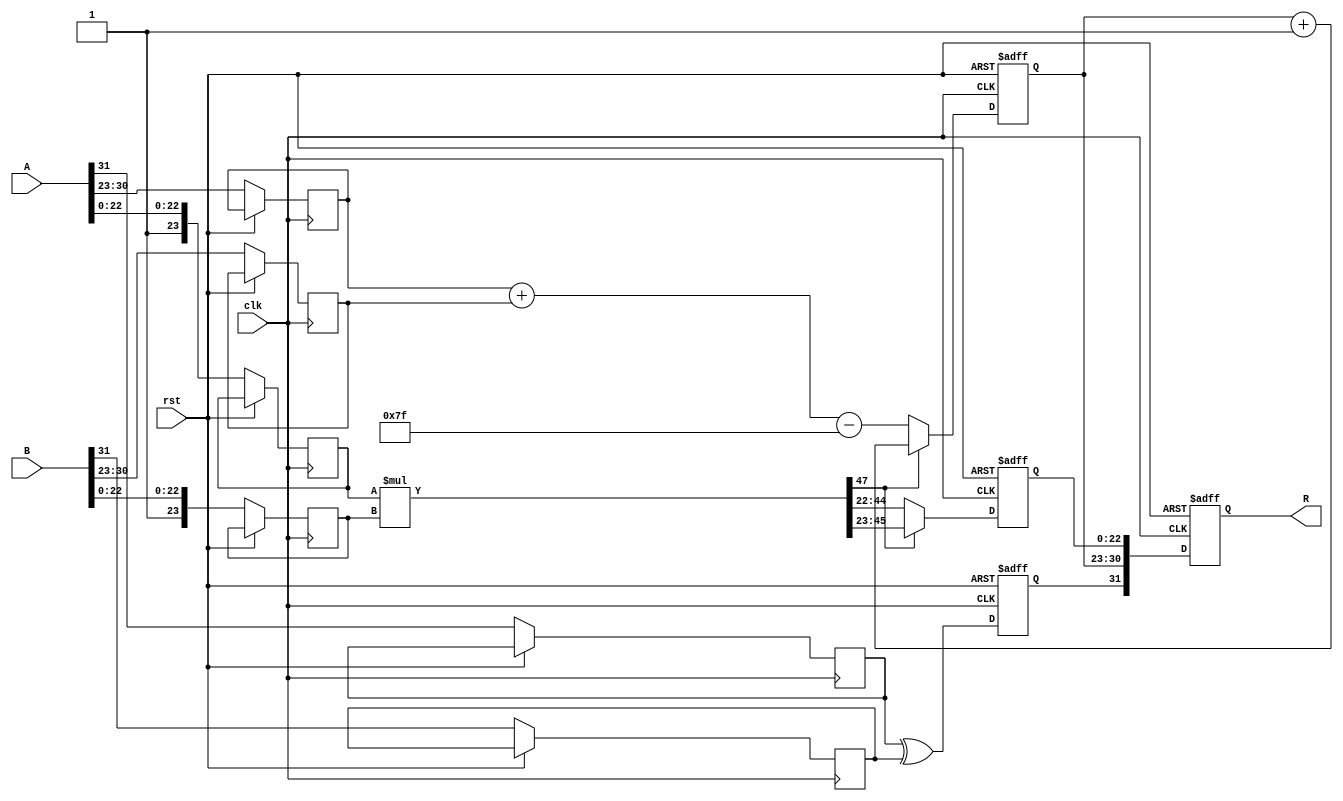
module Radix4_FP_Multiplier (
    input wire [31:0] A,              // 32-bit floating-point input A (single-precision)
    input wire [31:0] B,              // 32-bit floating-point input B (single-precision)
    output reg [31:0] R,              // 32-bit floating-point output result
    input wire clk,                    // Clock signal
    input wire rst                     // Reset signal
);

// Constants
parameter SINGLE_PRECISION_BIAS = 8'h7F;  // Bias for single-precision
parameter INF = 32'h7F800000;              // Infinity for single-precision
parameter NAN = 32'h7FC00000;              // NaN for single-precision

// Internal signals
reg signA, signB, signR;
reg [7:0] expA, expB, expR;
reg [23:0] sigA, sigB, sigR;
reg [47:0] product;                  // Intermediate product for significands

// Extract sign, exponent and significand
always @(posedge clk or posedge rst) begin
    if (rst) begin
        signR <= 0;
        expR <= 0;
        sigR <= 0;
        R <= 0;
    end else begin
        // Sign extraction
        signA <= A[31];
        signB <= B[31];
        sigA <= {1'b1, A[22:0]};  // Normalize significand (adding implicit leading 1)
        sigB <= {1'b1, B[22:0]};  // Normalize significand (adding implicit leading 1)
        expA <= A[30:23];
        expB <= B[30:23];

        // Calculate sign of the result
        signR <= signA ^ signB;

        // Calculate exponent of the result
        expR <= expA + expB - SINGLE_PRECISION_BIAS;

        // Significand multiplication using Radix-4 Booth's Algorithm
        product = 0;

        // Here you would implement Radix-4 Booth's algorithm for significands
        // This is a placeholder for an actual implementation.
        // You would group sigA and sigB into pairs and compute the product.
        
        // Example: Basic unsigned multiplication just for demonstration
        product = sigA * sigB; // This should actually follow the Booth's algorithm logic
        
        // Handle normalization of the product
        // Example normalization logic (placeholder)
        if (product[47]) begin
            sigR <= product[46:23]; // Shift right
            expR <= expR + 1;       // Adjust exponent
        end else begin
            sigR <= product[45:22]; // Assuming product isn't zero
            // Additional normalization may be needed here
        end

        // Construct output result
        R <= {signR, expR, sigR[22:0]}; // Combine sign, exponent, significand
    end
end

endmodule